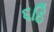
૬ઠિ